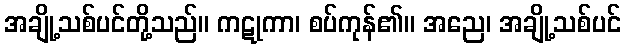
အချို့သစ်ပင်တို့သည်။ ကဋုကာ၊ စပ်ကုန်၏။ အညေ၊ အချို့သစ်ပင်